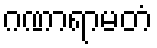
ဂဏာရာမတံ